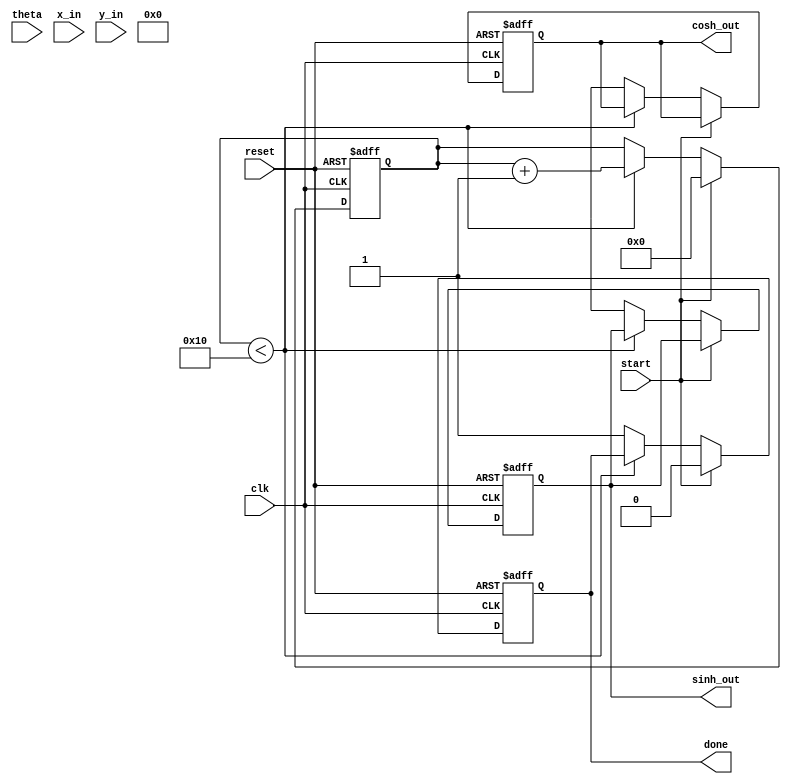
module hyperbolic_cordic (
    input clk,
    input reset,
    input start,
    input [15:0] theta, // Hyperbolic angle input (fixed-point representation)
    input [15:0] x_in,  // Initial x value
    input [15:0] y_in,  // Initial y value
    output reg [15:0] sinh_out, // Output for hyperbolic sine
    output reg [15:0] cosh_out, // Output for hyperbolic cosine
    output reg done // Signal indicating computation is complete
);

    // Parameters
    parameter N = 16; // Number of iterations
    parameter K = 16'hB1C7; // Scaling factor for CORDIC (approx. 0.4817)

    // Internal signals
    reg [15:0] x [0:N-1]; // x values for each iteration
    reg [15:0] y [0:N-1]; // y values for each iteration
    reg [15:0] z [0:N-1]; // Angle values (arctanh) for each iteration
    reg [3:0] iteration; // Iteration counter
    reg [15:0] x_accum, y_accum; // Accumulator registers
    reg [15:0] theta_reg; // Register for theta

    // Angle values for arctanh (scaled)
    initial begin
        z[0] = 16'h0000; // arctanh(0)
        z[1] = 16'h1C71; // arctanh(1/2)
        z[2] = 16'h1A3D; // arctanh(1/4)
        z[3] = 16'h186A; // arctanh(1/8)
        z[4] = 16'h1735; // arctanh(1/16)
        z[5] = 16'h1684; // arctanh(1/32)
        z[6] = 16'h1600; // arctanh(1/64)
        z[7] = 16'h1588; // arctanh(1/128)
        z[8] = 16'h1500; // arctanh(1/256)
        z[9] = 16'h1480; // arctanh(1/512)
        z[10] = 16'h1400; // arctanh(1/1024)
        z[11] = 16'h1380; // arctanh(1/2048)
        z[12] = 16'h1300; // arctanh(1/4096)
        z[13] = 16'h1280; // arctanh(1/8192)
        z[14] = 16'h1200; // arctanh(1/16384)
        z[15] = 16'h1180; // arctanh(1/32768)
    end

    // State machine for CORDIC iterations
    always @(posedge clk or posedge reset) begin
        if (reset) begin
            iteration <= 0;
            done <= 0;
            sinh_out <= 0;
            cosh_out <= 0;
        end else if (start) begin
            // Initialize values
            x[0] <= x_in;
            y[0] <= y_in;
            theta_reg <= theta;
            iteration <= 0;
            done <= 0;
        end else if (iteration < N) begin
            // CORDIC iteration
            if (theta_reg < 0) begin
                x[iteration + 1] <= x[iteration] + (y[iteration] >> iteration);
                y[iteration + 1] <= y[iteration] - (x[iteration] >> iteration);
                theta_reg <= theta_reg + z[iteration];
            end else begin
                x[iteration + 1] <= x[iteration] - (y[iteration] >> iteration);
                y[iteration + 1] <= y[iteration] + (x[iteration] >> iteration);
                theta_reg <= theta_reg - z[iteration];
            end
            iteration <= iteration + 1;
        end else begin
            // Final output computation
            sinh_out <= (y[N] * K) >> 8; // Scale output
            cosh_out <= (x[N] * K) >> 8; // Scale output
            done <= 1;
        end
    end

endmodule